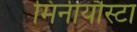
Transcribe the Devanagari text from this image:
मिनीयौस्टा